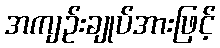
အကျဉ်းချုပ်အားဖြင့်